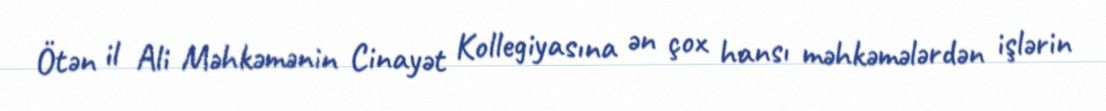
Ötən il Ali Məhkəmənin Cinayət Kollegiyasına ən çox hansı məhkəmələrdən işlərin